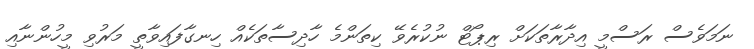
ނަމަވެސް ރަސްމީ އިދާރާތަކަށް ރިޕޯޓް ނުކުރެވޭ ކިތަންމެ ހާދިސާތަކެއް ހިނގާފައިވާތީ މަރުވި މީހުންނާއި